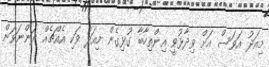
މިއަދު އަވަސް އަށް ވިދާޅުވީ އިންތިހާބާ ގުޅިގެން މިއަދު ވަކި އެއްޗެއް ދަންނަވަން